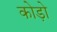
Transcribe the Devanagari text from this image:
कोड़ो